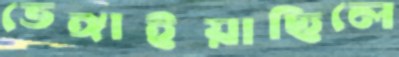
ভেঙ্গাইয়াছিলে